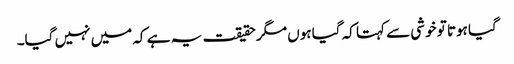
گیا ہوتا تو خوشی سے کہتا کہ گیا ہوں مگر حقیقت یہ ہے کہ میں نہیں گیا۔